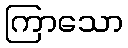
ကြာသော